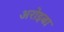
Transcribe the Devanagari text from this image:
अरोइबा